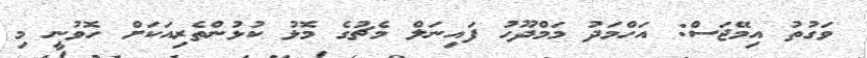
ވަގުތު އިމޭޖަސް: އަހްމަދު މަމްދޫހު ފައިނަލް މެޗުގެ މޮޅު ކުޅުންތެރިއަކަށް ހޮވުނީ މި